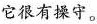
它很有操守。